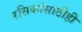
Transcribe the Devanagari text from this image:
रसिकांसाठीही